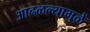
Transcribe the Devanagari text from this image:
आढळल्यामुळें